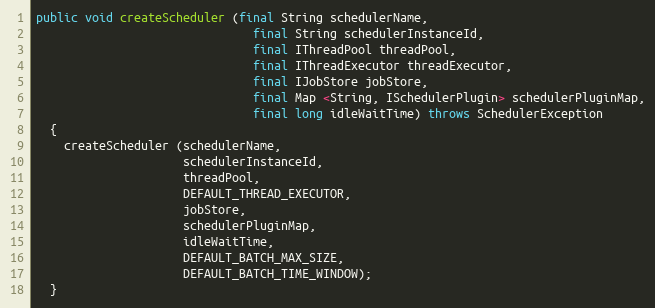
Language: Java
public void createScheduler (final String schedulerName,
                               final String schedulerInstanceId,
                               final IThreadPool threadPool,
                               final IThreadExecutor threadExecutor,
                               final IJobStore jobStore,
                               final Map <String, ISchedulerPlugin> schedulerPluginMap,
                               final long idleWaitTime) throws SchedulerException
  {
    createScheduler (schedulerName,
                     schedulerInstanceId,
                     threadPool,
                     DEFAULT_THREAD_EXECUTOR,
                     jobStore,
                     schedulerPluginMap,
                     idleWaitTime,
                     DEFAULT_BATCH_MAX_SIZE,
                     DEFAULT_BATCH_TIME_WINDOW);
  }